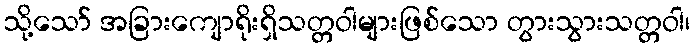
သို့သော် အခြားကျောရိုးရှိသတ္တဝါများဖြစ်သော တွားသွားသတ္တဝါ၊